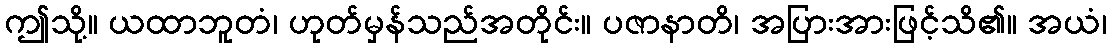
ဤသို့။ ယထာဘူတံ၊ ဟုတ်မှန်သည်အတိုင်း။ ပဇာနာတိ၊ အပြားအားဖြင့်သိ၏။ အယံ၊